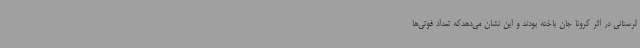
لرستانی در اثر کرونا جان باخته بودند و این نشان می‌دهدکه تعداد فوتی‌ها